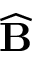
\widehat { \bf B }